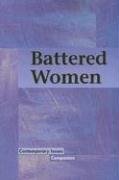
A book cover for Contemporary Issues Companion - Battered Women (paperback edition); Lane Volpe; Teen & Young Adult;